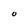
Character: O